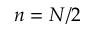
n = N / 2